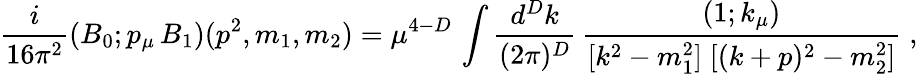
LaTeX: \frac{i}{16\pi^{2}}(B_{0};p_{\mu}\, B_{1})(p^{2},m_{1},m_{2})=\mu^{4-D}\, \int\frac{d^{D}k}{(2\pi)^{D}}\, \frac{(1;k_{\mu})}{[k^{2}-m_{1}^{2}]\; [(k+p)^{2}-m_{2}^{2}]}\; ,